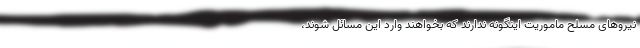
نیروهای مسلح ماموریت اینگونه ندارند که بخواهند وارد این مسائل شوند،